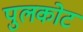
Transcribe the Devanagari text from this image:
पुलकोट